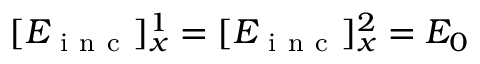
[ E _ { \mathrm { ~ i ~ n ~ c ~ } } ] _ { x } ^ { 1 } = [ E _ { \mathrm { ~ i ~ n ~ c ~ } } ] _ { x } ^ { 2 } = E _ { 0 }